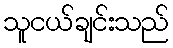
သူငယ်ချင်းသည်